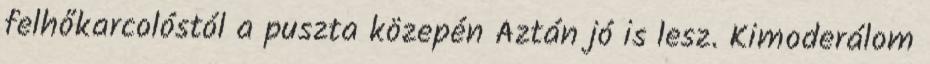
felhőkarcolóstól a puszta közepén Aztán jó is lesz. Kimoderálom